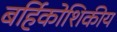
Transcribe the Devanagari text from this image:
बर्हिकोशिकीय